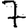
Digit: 7